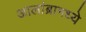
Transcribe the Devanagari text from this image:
आलांब्रामध्ये